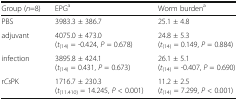
| Group (n=8) | EPGa | Worm burdena |
 | --- | --- | --- |
 | PBS | 3983.3 ± 386.7 | 25.1 ± 4.8 |
 | adjuvant | 4075.0 ± 473.0 (t(14) = -0.424, P = 0.678) | 24.8 ± 5.3 (t(14) = 0.149, P = 0.884) |
 | infection | 3895.8 ± 424.1 (t(14) = 0.431, P = 0.673) | 26.1 ± 5.1 (t(14) = -0.407, P = 0.690) |
 | rCsPK | 1716.7 ± 230.3 (t(11.410) = 14.245, P < 0.001) | 11.2 ± 2.5 (t(14) = 7.299, P < 0.001) |